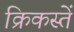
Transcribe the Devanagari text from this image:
क्रिकस्तें